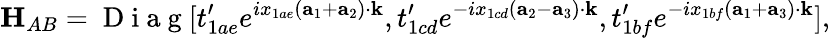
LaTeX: {\mathbf H}_{AB}=\mathrm{~D~i~a~g~}[t_{1ae}^{\prime}e^{ix_{1ae}({\mathbf a}_{1}+{\mathbf a}_{2})\cdot{\mathbf k}},t_{1cd}^{\prime}e^{-ix_{1cd}({\mathbf a}_{2}-{\mathbf a}_{3})\cdot{\mathbf k}},t_{1bf}^{\prime}e^{-ix_{1bf}({\mathbf a}_{1}+{\mathbf a}_{3})\cdot{\mathbf k}}],